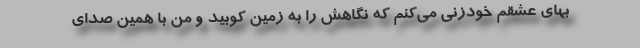
بهای عشقم خودزنی می‌کنم که نگاهش را به زمین کوبید و من با همین صدای